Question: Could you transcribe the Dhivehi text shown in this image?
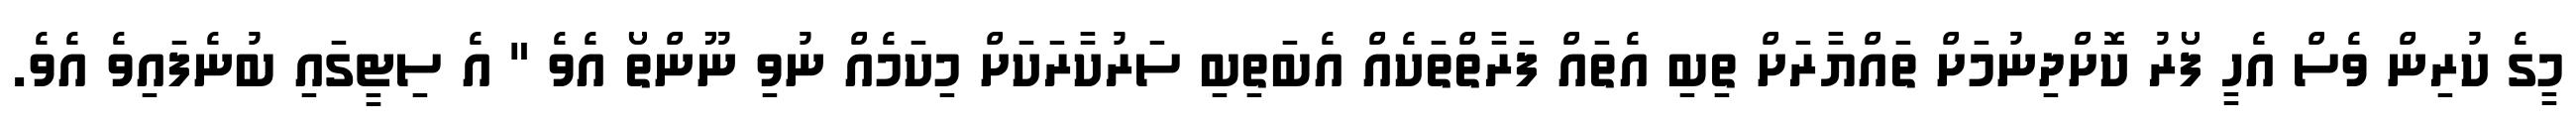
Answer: މީގެ ކުރިން ވެސް އެހީ ފޯރު ކޮށްދިނުމަށް ތައްޔާރަށް ތިބި އެތައް ފަރާތްތަކެއް އެބަތިބި ސަރުކާރަކަށް މިކަމެއް ނުވި ނޫންތޯ އެވެ " އެ ސިޓީގައި ބުނެފައިވެ އެވެ.